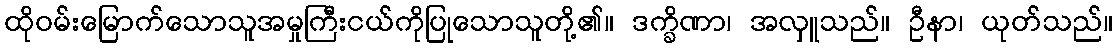
ထိုဝမ်းမြောက်သောသူအမှုကြီးငယ်ကိုပြုသောသူတို့၏။ ဒက္ခိဏာ၊ အလှူသည်။ ဦနာ၊ ယုတ်သည်။